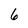
Character: 6